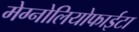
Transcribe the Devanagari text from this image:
मेग्नोलियोफाईटा